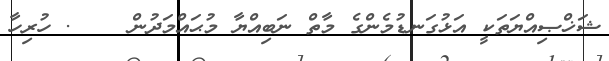
ޝަޚްޞިއްޔަތަކީ އަޅުގަނޑުމެންގެ މާތް ނަބިއްޔާ މުޙައްމަދުން    . ހުރިހާ